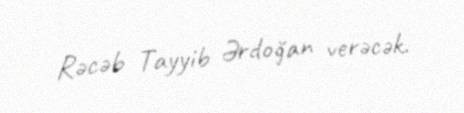
Rəcəb Tayyib Ərdoğan verəcək.